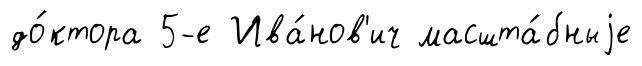
до́ктора 5-е Ива́нов'ич масшта́бныjе